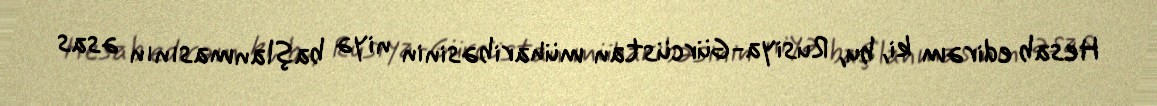
Hesab edirəm ki, bu, Rusiya-Gürcüstan müharibəsinin niyə başlanmasının əsas